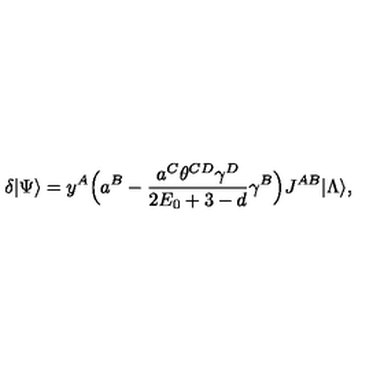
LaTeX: \delta | \Psi \rangle = y ^ { A } \Bigl ( a ^ { B } - \frac { a ^ { C } \theta ^ { C D } \gamma ^ { D } } { 2 E _ { 0 } + 3 - d } \gamma ^ { B } \Bigr ) J ^ { A B } | \Lambda \rangle ,